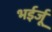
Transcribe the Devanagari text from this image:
भईर्जू